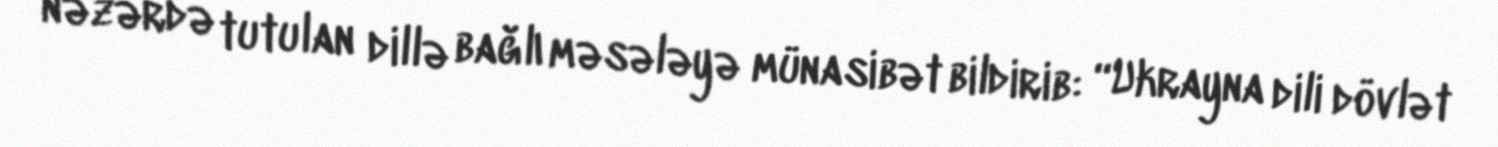
nəzərdə tutulan dillə bağlı məsələyə münasibət bildirib: “Ukrayna dili dövlət